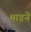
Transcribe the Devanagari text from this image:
माडने